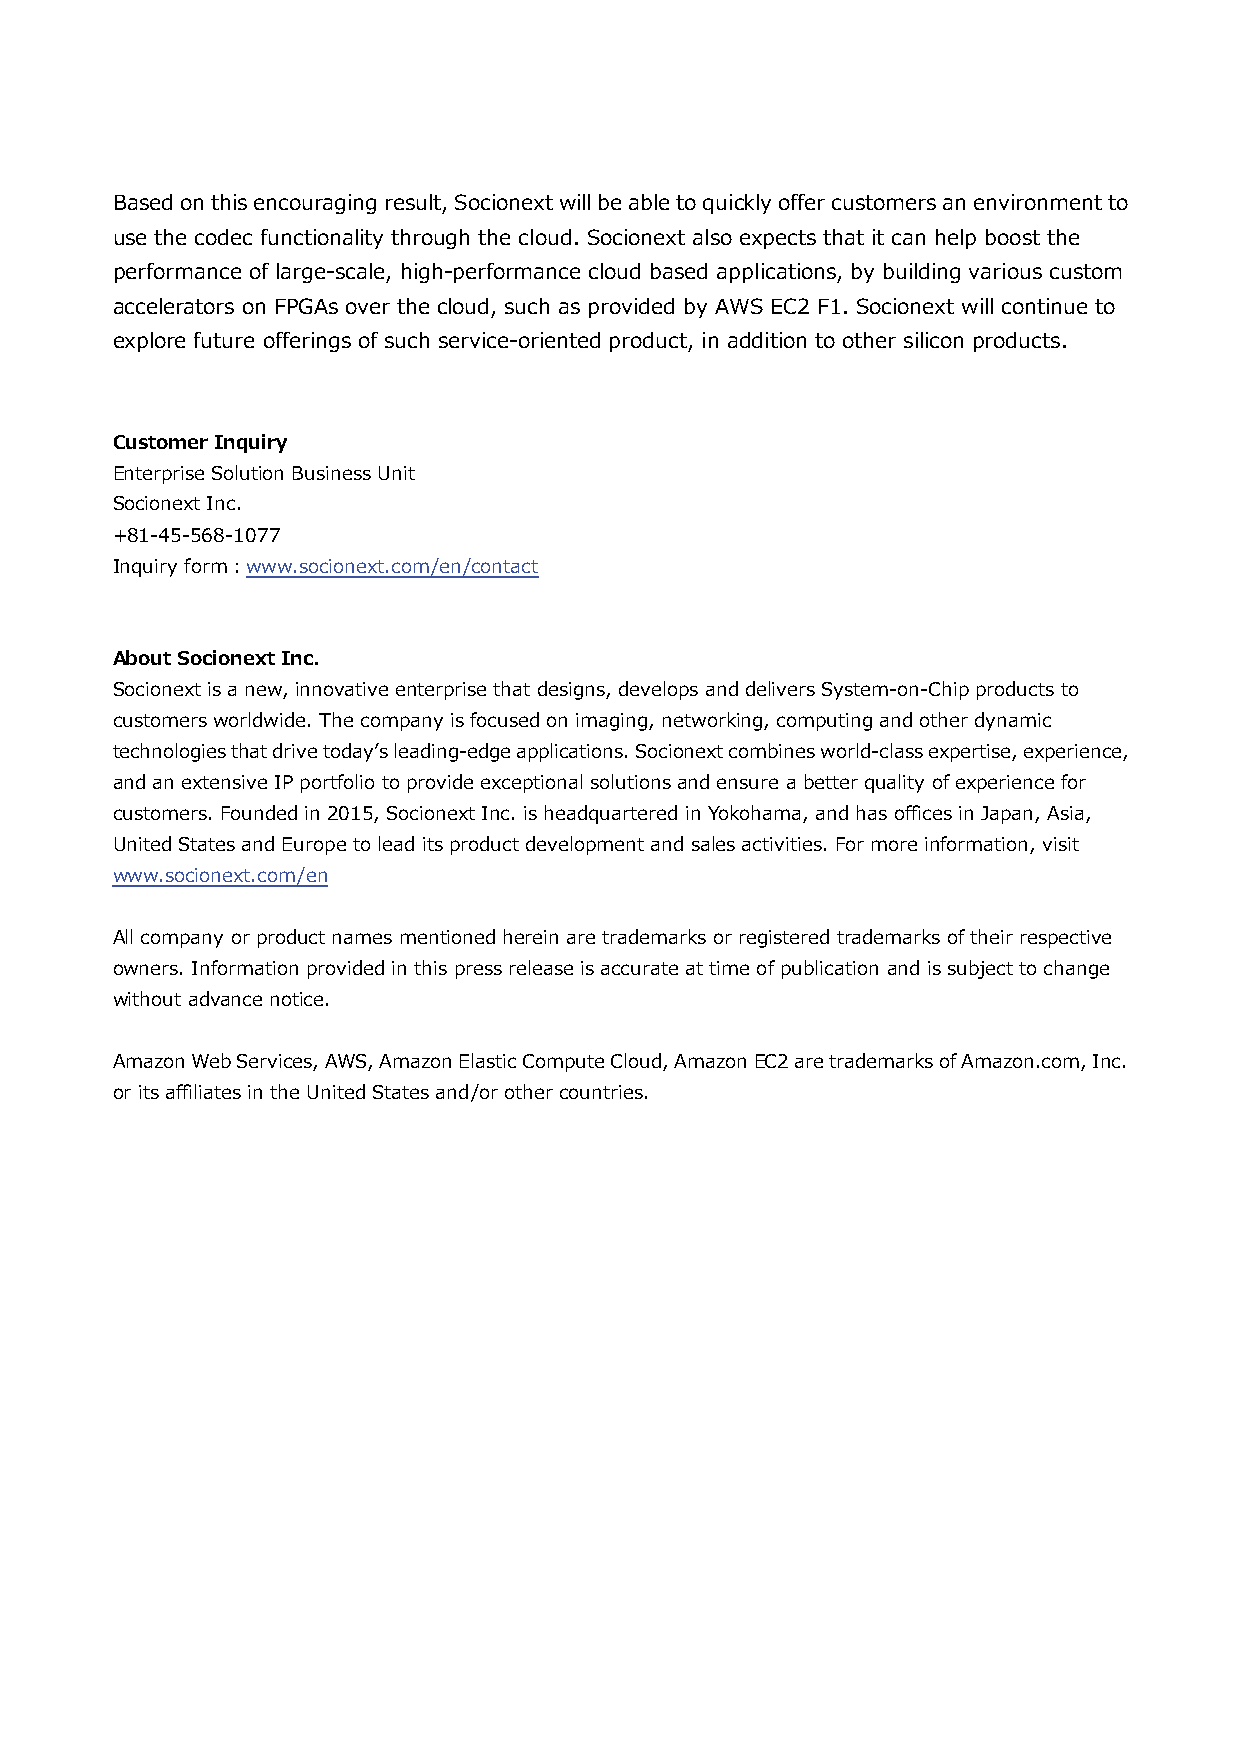
Based on this encouraging result, Socionext will be able to quickly offer customers an environment to
 use the codec functionality through the cloud. Socionext also expects that it can help boost the
 performance of large-scale, high-performance cloud based applications, by building various custom
 accelerators on FPGAs over the cloud, such as provided by AWS EC2 F1. Socionext will continue to
 explore future offerings of such service-oriented product, in addition to other silicon products.
 Customer Inquiry
 Enterprise Solution Business Unit
 Socionext Inc.
 +81-45-568-1077
 Inquiry form︓www.socionext.com/en/contact
 About Socionext Inc.
 Socionext is a new, innovative enterprise that designs, develops and delivers System-on-Chip products to
 customers worldwide. The company is focused on imaging, networking, computing and other dynamic
 technologies that drive today’s leading-edge applications. Socionext combines world-class expertise, experience,
 and an extensive IP portfolio to provide exceptional solutions and ensure a better quality of experience for
 customers. Founded in 2015, Socionext Inc. is headquartered in Yokohama, and has offices in Japan, Asia,
 United States and Europe to lead its product development and sales activities. For more information, visit
 www.socionext.com/en
 All company or product names mentioned herein are trademarks or registered trademarks of their respective
 owners. Information provided in this press release is accurate at time of publication and is subject to change
 without advance notice.
 Amazon Web Services, AWS, Amazon Elastic Compute Cloud, Amazon EC2 are trademarks of Amazon.com, Inc.
 or its affiliates in the United States and/or other countries.